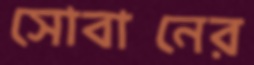
সোবানের